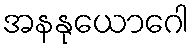
အနနုယောဂေါ